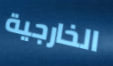
الخارجية